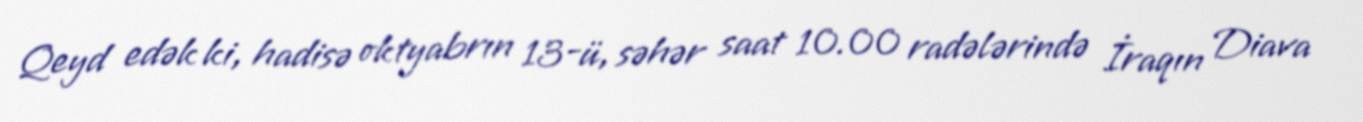
Qeyd edək ki, hadisə oktyabrın 13-ü, səhər saat 10.00 radələrində İraqın Diava